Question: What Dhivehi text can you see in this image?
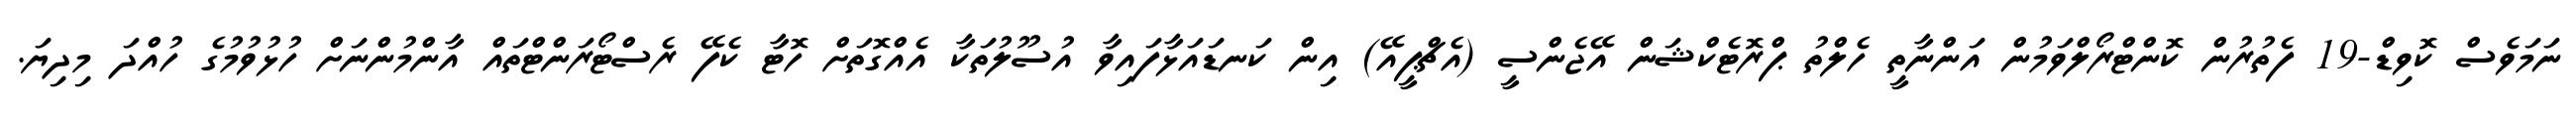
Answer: ނަމަވެސް ކޮވިޑް-19 ފެތުރުން ކޮންޓްރޯލްވަމުން އަންނާތީ ހެލްތު ޕްރޮޓެކްޝަން އޭޖެންސީ (އެޗްޕީއޭ) އިން ކަނޑައަޅާފައިވާ އުސޫލުތަކާ އެއްގޮތަށް ހޮޓާ ކެފޭ ރެސްޓޯރަންޓްތައް އާންމުންނަށް ހުޅުވުމުގެ ހުއްދަ މިދިޔަ.